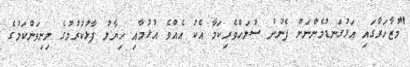
"މުޒާހަރާގައި އަޅުގަނޑުމެންނަށް ފެނުނު ސުލަހްވެރިކަމާ އެކު އެއްވެ އުުޅުމާއި ހިޔާލު ފާޅުކުރުމުގެ މިނިވަންކަމުގެ